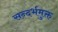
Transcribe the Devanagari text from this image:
सन्दर्भमुक्त